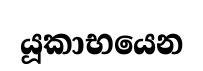
යූකාභයෙන